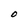
Character: O